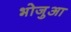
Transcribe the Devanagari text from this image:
भोजुआ